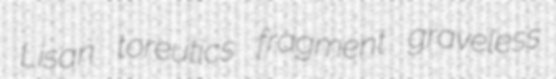
Lisan toreutics fragment graveless